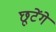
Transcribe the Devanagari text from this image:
छूटेंगे